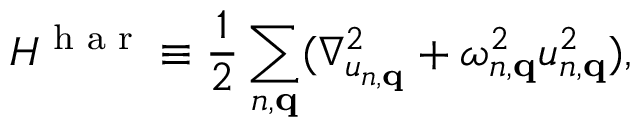
{ \cal H } ^ { \textrm { h a r } } \equiv \frac { 1 } { 2 } \sum _ { n , { \bf q } } ( \nabla _ { u _ { n , { \bf q } } } ^ { 2 } + \omega _ { n , { \bf q } } ^ { 2 } u _ { n , { \bf q } } ^ { 2 } ) ,